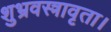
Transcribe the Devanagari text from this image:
शुभ्रवस्त्रावृता।